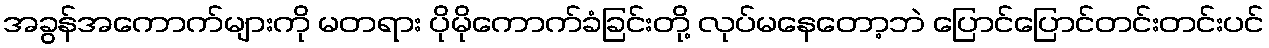
အခွန်အကောက်များကို မတရား ပိုမိုကောက်ခံခြင်းတို့ လုပ်မနေတော့ဘဲ ပြောင်ပြောင်တင်းတင်းပင်